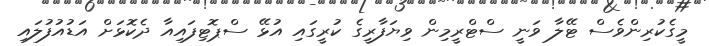
މީގެކުރިންވެސް ޓޭލާ ވަނީ ސްޓްރީމިން ވިޔަފާރީގެ ކުރީގައި އުޅޭ ސްޕޮޓިފައިއާ ދެކޮޅަށް އަޑުއުފުލައި